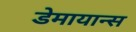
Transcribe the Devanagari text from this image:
डेमायान्स